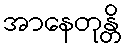
အာနေတုန္တိ